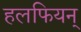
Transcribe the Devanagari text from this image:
हलफियन्